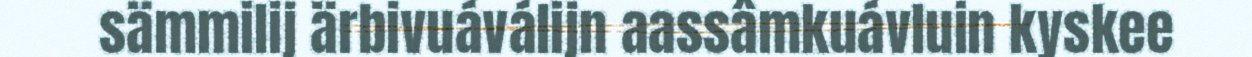
sämmilij ärbivuáválijn aassâmkuávluin kyskee